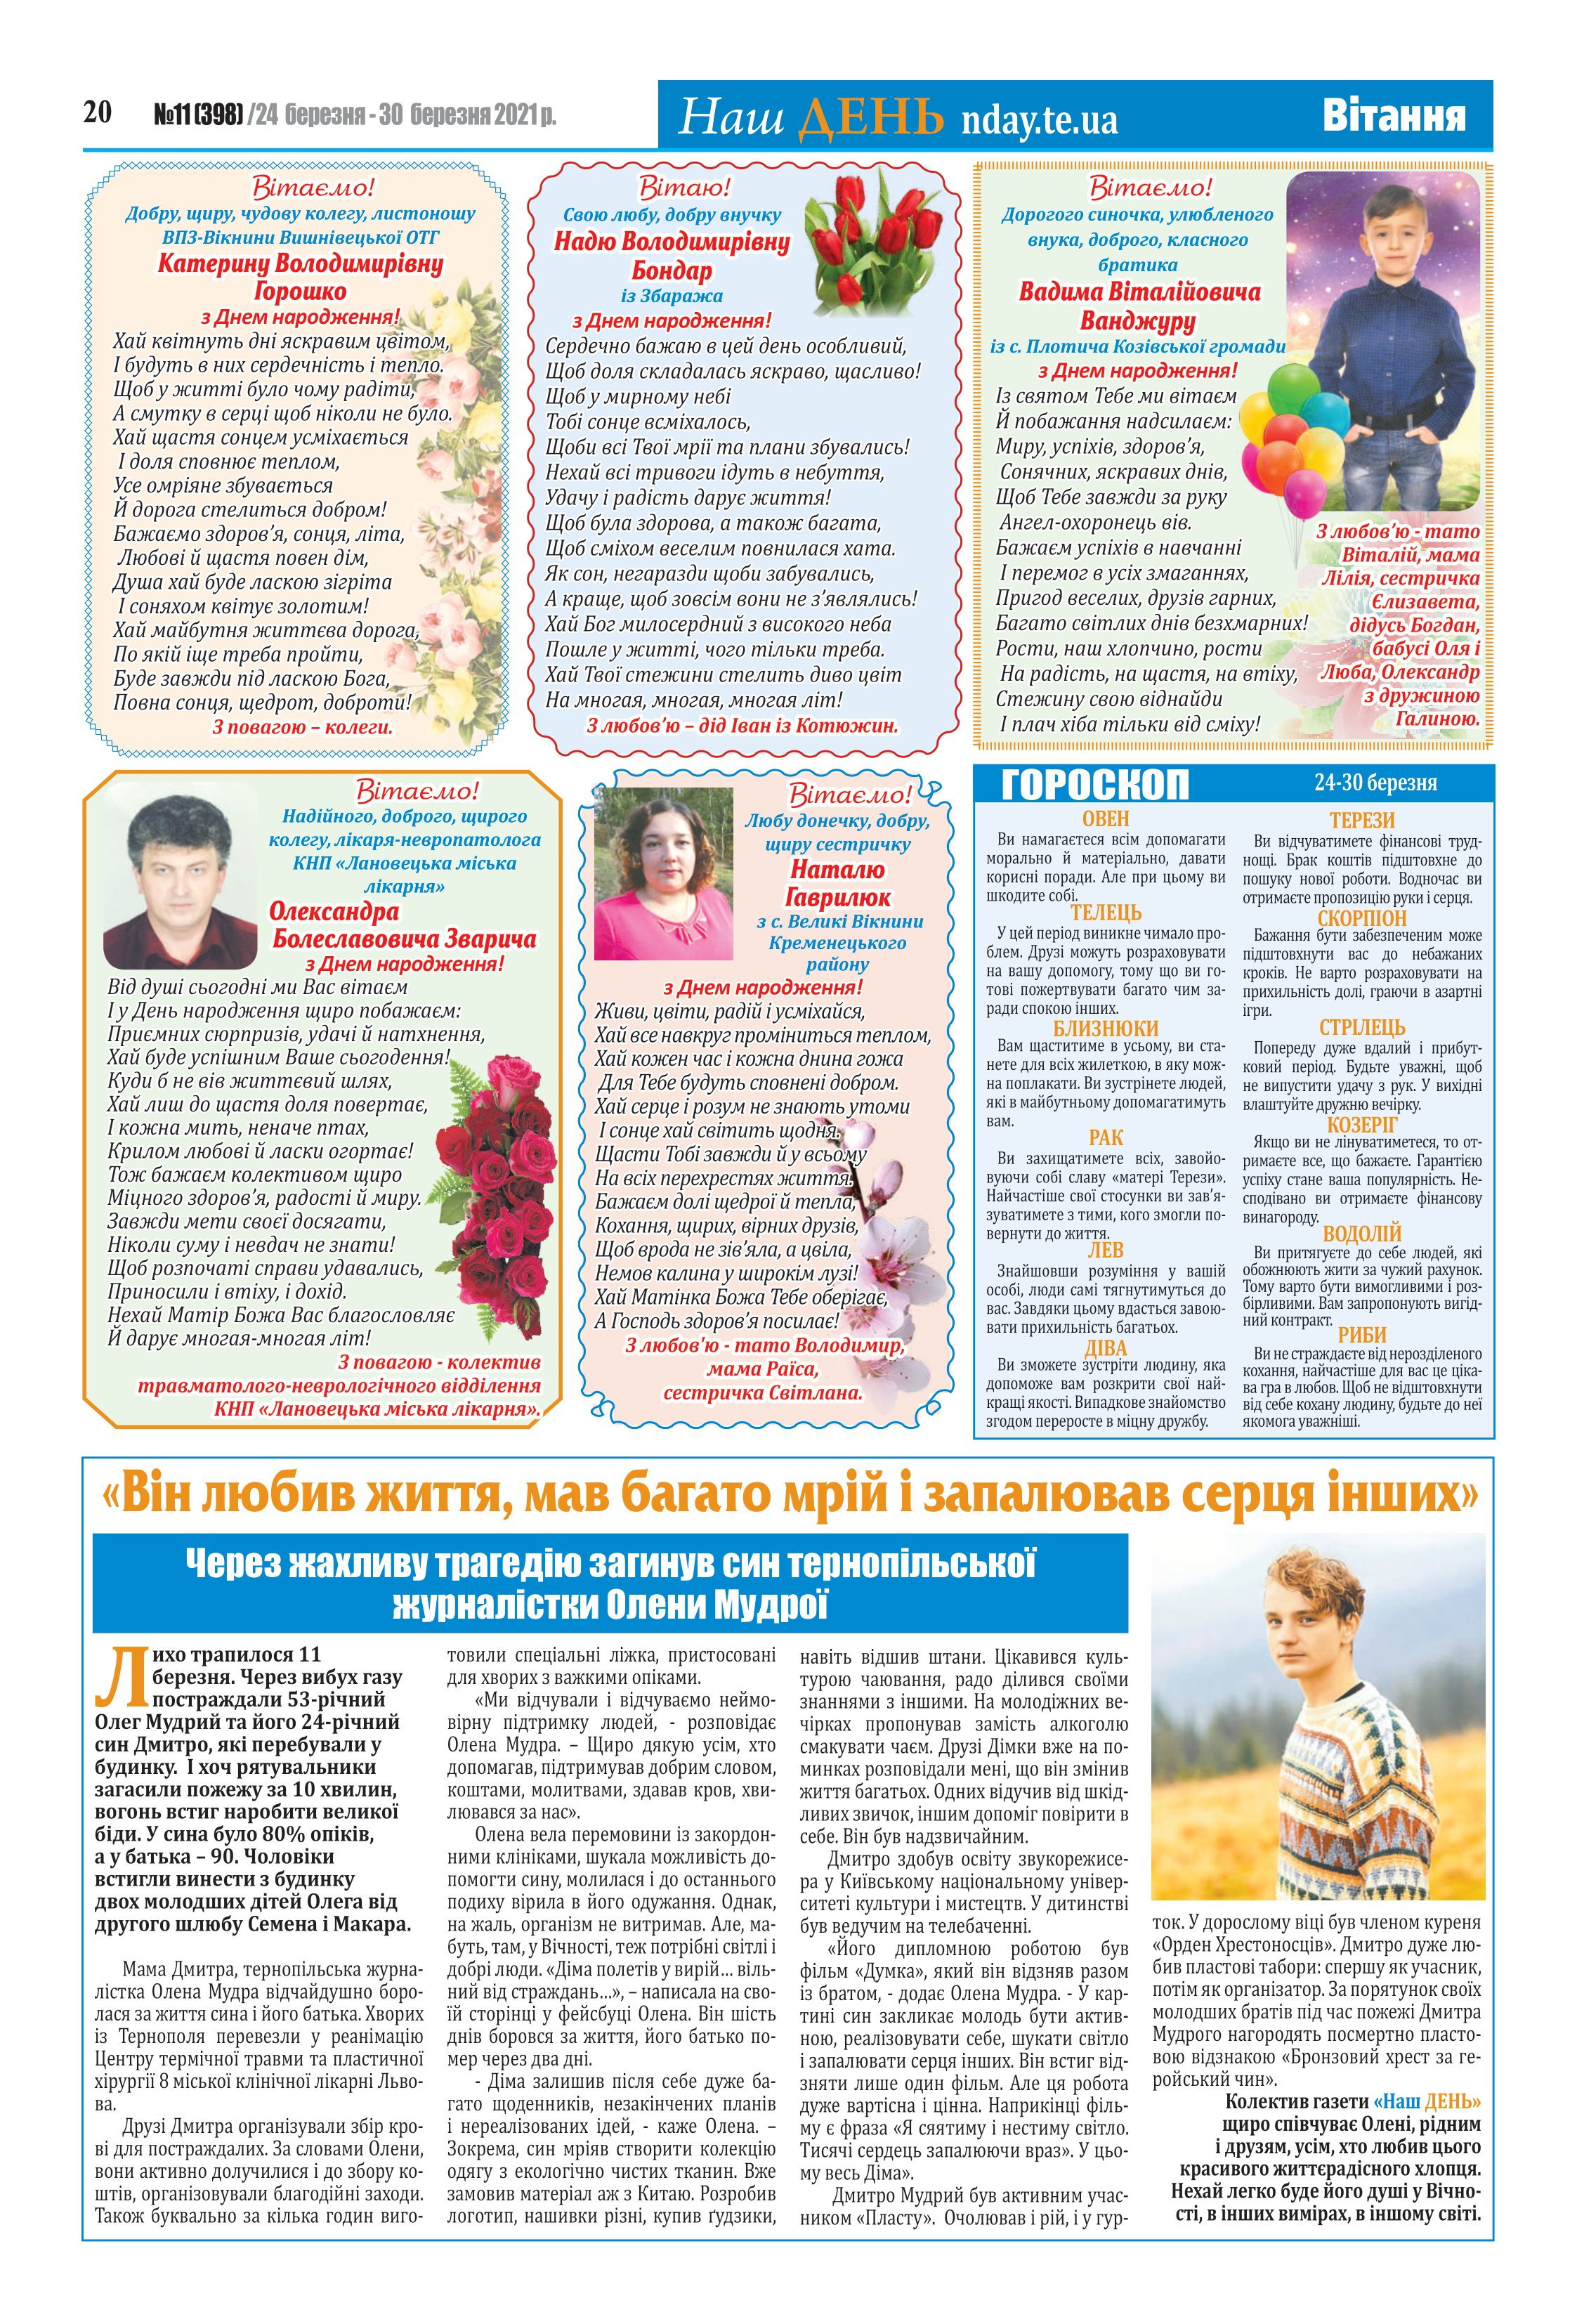
Language: uk